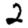
Digit: 2